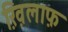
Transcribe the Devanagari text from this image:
ख़ि़लाफ़